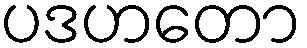
ပဒဟတော